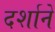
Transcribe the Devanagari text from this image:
दर्शानें